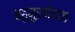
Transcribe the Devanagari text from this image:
बहुमुखीयता